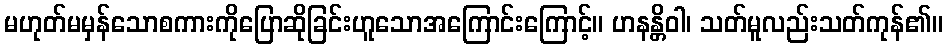
မဟုတ်မမှန်သောစကားကိုပြောဆိုခြင်းဟူသောအကြောင်းကြောင့်။ ဟနန္တိဝါ၊ သတ်မူလည်းသတ်ကုန်၏။